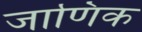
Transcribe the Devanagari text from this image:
जाणिक